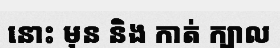
នោះ មុន និង កាត់ ក្បាល